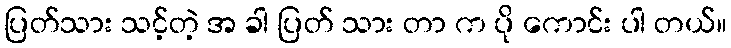
ပြတ်သား သင့်တဲ့ အ ခါ ပြတ် သား တာ က ပို ကောင်း ပါ တယ်။